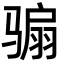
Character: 骟